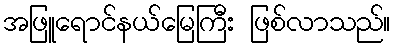
အဖြူရောင်နယ်မြေကြီး ဖြစ်လာသည်။